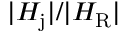
| H _ { \mathrm { j } } | / | H _ { \mathrm { R } } |